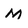
Character: M